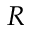
R